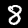
Digit: 8